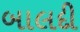
બાલદી